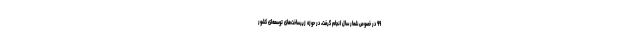
۹۹ در خصوص شعار سال انجام گرفت، در حوزه زیرساخت‌های توسعه‌ای کشور